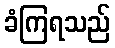
ခံကြရသည်